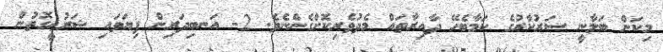
މިކަން ބަލާނީ ސަރުކާރުގެ ކަމާބެހޭ ދާއިރާތައް މެދުވެރިކޮށްގެންނެވެ. 2- އަނބިދަރިން ފިޔަވައި ޝަރުޢީގޮތުން